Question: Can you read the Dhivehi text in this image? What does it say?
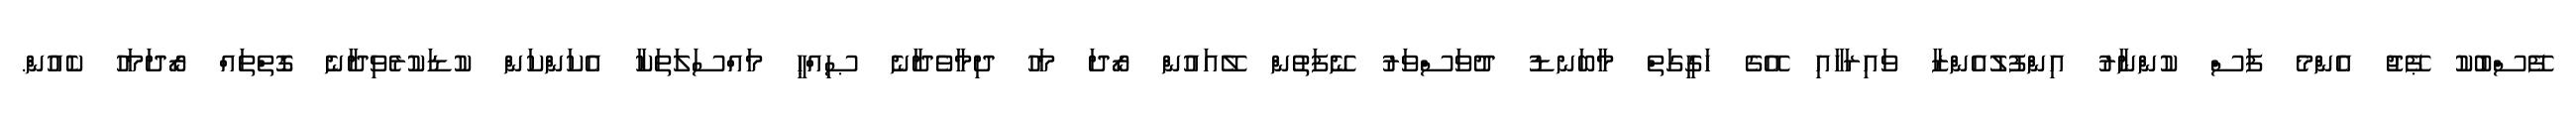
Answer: ފޭސްބުކު ޕޭޖު އެންމެ ފަސް ކުންނާރު އިންފުލުއެންޒާ ވައިރަހާއި އޭގެ ހަގީގަތް މާބަނޑު ދުވަސްވަރު ނޭފަތުން ލޭއައުން ރޯދަ މަހު ދިމާވެދާނެ ޞިއްޙީ މައްސަލަތަކާ އެކަންކަން ކުޑަކުރެވިދާނެ ގޮތްތައް ރޯދަމަހު ކެއުން.